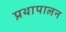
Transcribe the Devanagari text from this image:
प्रथापालन